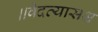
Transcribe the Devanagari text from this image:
॥वेदव्यासश्च